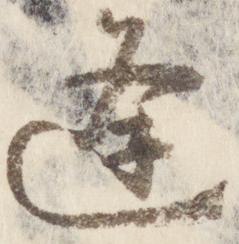
逢